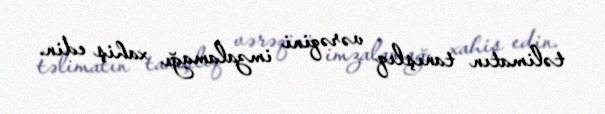
təlimatın tanışlıq vərəqini imzalamağı xahiş edin.